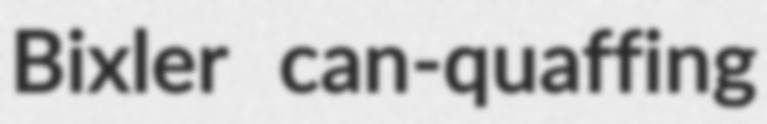
Bixler can-quaffing